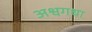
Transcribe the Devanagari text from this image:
अश्वगधा